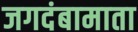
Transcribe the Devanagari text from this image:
जगदंबामाता